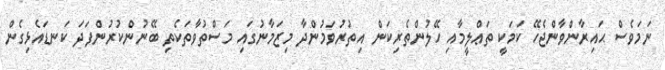
ނަމަވެސް ޙައިރާންވާންޖެހޭ ކަމަކީ ތަޢްލީމާއި ހޭލުންތެރިކަން އިތުރުވަމުންދާ މިޒަމާނުގައި މަސްތުވާތަކެތި ބޭނުންކުރުންފަދަ ކަނޑައެޅިގެން